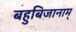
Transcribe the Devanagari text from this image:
बहुबिजानाम्